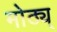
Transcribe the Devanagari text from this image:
मोठ्य्